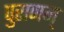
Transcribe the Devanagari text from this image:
पुराणम्‌